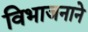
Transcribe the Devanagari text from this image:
विभाजनाने